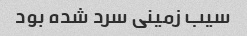
سیب زمینی سرد شده بود